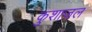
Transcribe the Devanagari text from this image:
कुशाजल